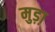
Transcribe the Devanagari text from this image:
मुड़ा़